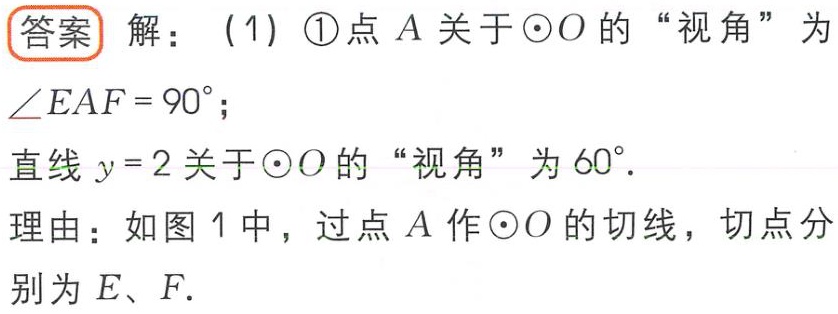
答案 解：（1）\textcircled{1}点\(A\)关于\(\odot O\)的“视角”为\(\angle EAF = 90^{\circ}\)；
直线\(y = 2\)关于\(\odot O\)的“视角”为\(60^{\circ}\).
理由：如图1中，过点\(A\)作\(\odot O\)的切线，切点分别为\(E\)、\(F\).